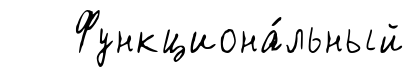
Функциона́льный